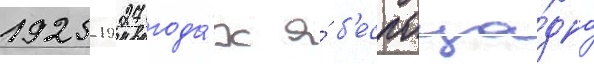
1925-1927 года́х я́ б'еспоща́дно